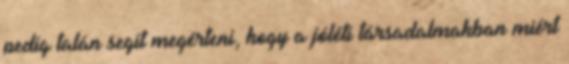
pedig talán segít megérteni, hogy a jóléti társadalmakban miért